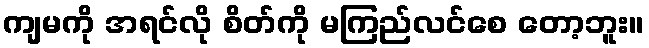
ကျမကို အရင်လို စိတ်ကို မကြည်လင်စေ တော့ဘူး။